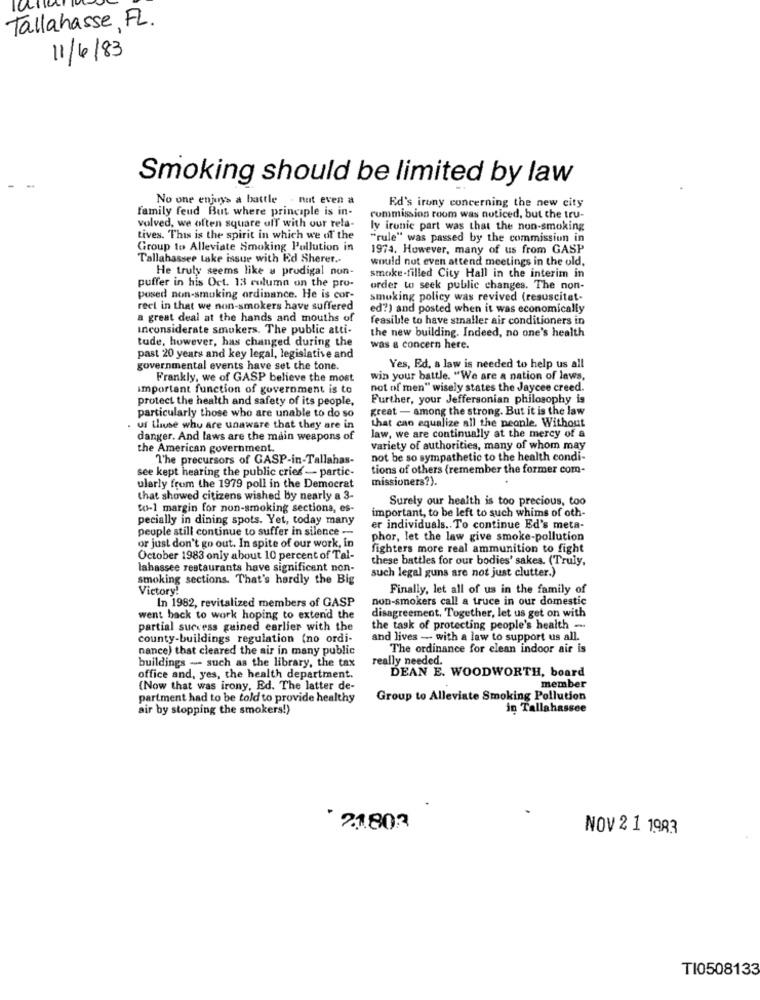
Tallahasse, FL.
11/4/83
Smoking should be limited by law
No one enjoys a battle
. not even a
family feud But where principle is in-
Ed's irony concerning the new city
commission room was noticed, but the tru-
volved, we often square off with our rela-
ly ironic part was that the non-smoking
Lives. This is the spirit in which we of the
"rule" was passed by the commission in
Group to Alleviate Smoking Pollution in
1974. However, many of us from GASP
Tallahassee Lake issue with Ed Sherer ..
would not even attend meetings in the old,
He truly seems like a prodigal non-
puffer in his Oct. 13 culuma on the pro-
smoke-filled City Hall in the interim in
order to seek public changes. The non-
posed non-smoking ordinance. He is cor-
smoking policy was revived (resuscitat-
reel in that we non-smokers have suffered
ed?) and posted when it was economically
a great deal at the hands and mouths of
feasible to have staller air conditioners in
Inconsiderate smokers. The public atti-
the new building. Indeed, no one's health
tude, however, has changed during the
was & concern here.
past 20 years and key legal, legislative and
governmental events have set the tone.
Yes, Ed. a law is needed to help us all
Frankly, we of GASP believe the most
win your battle. "We are a nation of laws,
important function of government is to
not of men" wisely states the Jaycee creed.
protect the health and safety of its people,
Further, your Jeffersonian philosophy is
great - among the strong. But it is the law
particularly those who are unable to do so
that can equalize all the people. Without
uf lluse why are unaware that they are in
law, we are continually at the mercy of a
danger. And laws are the main weapons of
the American government.
Variety of authorities, many of whom may
The precursors of GASP-in-Tallahas-
not be so sympathetic to the health condi-
tions of others (remember the former com-
see kept hearing the public cries - partic-
missioners?).
ularly from the 1979 poll in the Democrat
that showed citizens wished by nearly a 3-
Surely our health is too precious, too
to-1 margin for non-smoking sectiona, es-
important, to be left to such whims of oth-
pecially in dining spots. Yet, today many
people still continue to suffer in silence -
er individuals .. To continue Ed's meta-
phor, let the law give smoke-pollution
or just don't go out. In spite of our work, in
fighters more real ammunition to fight
October 1983 only about 10 percent of Tal-
these battles for our bodies' sakes. (Truly.
lahassee restaurants have significant non-
such legal guns are not just clutter.)
smoking sections. That's hardly the Big
Victory!
Finally, let all of us in the family of
non-smokers call a truce in our domestic
In 1982, revitalized members of GASP
went back to work hoping to extend the
disagreement, Together, let us get on with
partial success gained earlier with the
the task of protecting people's health -.
county-buildings regulation (no ordi-
and lives - with a law to support us all.
nance) that cleared the air in many public
The ordinance for clean indoor air is
really needed.
buildings - such as the library, the tax
DEAN E. WOODWORTH, board
office and, yes, the health department.
(Now that was irony, Ed. The latter de-
member
partment had to be told to provide healthy
Group to Alleviate Smoking Pollution
air by stopping the smokers!)
in Tallahassee
2.1.803
NOV 2 1 1983
TI0508133